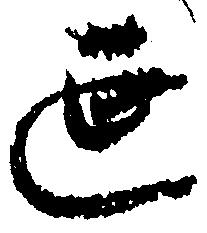
延